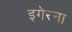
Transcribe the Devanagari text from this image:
इगेरना